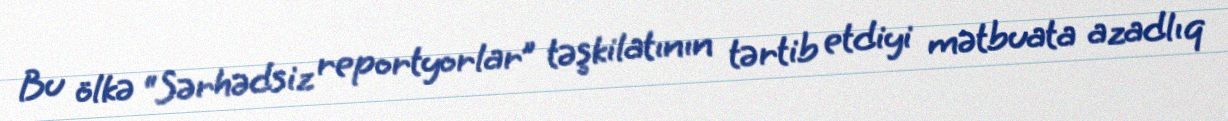
Bu ölkə “Sərhədsiz reportyorlar” təşkilatının tərtib etdiyi mətbuata azadlıq